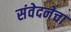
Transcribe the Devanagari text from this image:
संवेदनेचा